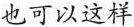
也可以这样